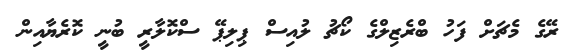
ރޭގެ މެޗަށް ފަހު ބްރެޒިލްގެ ކޯޗު ލުއިސް ޕިލިޕޭ ސްކޮލާރީ ބުނީ ކޮރެޔާއިން